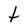
Character: t